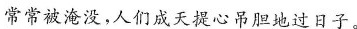
常常被淹没，人们成天提心吊胆地过日子。